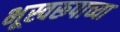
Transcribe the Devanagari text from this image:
भूस्वरूपाच्या